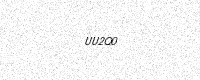
Text: UU2Q0